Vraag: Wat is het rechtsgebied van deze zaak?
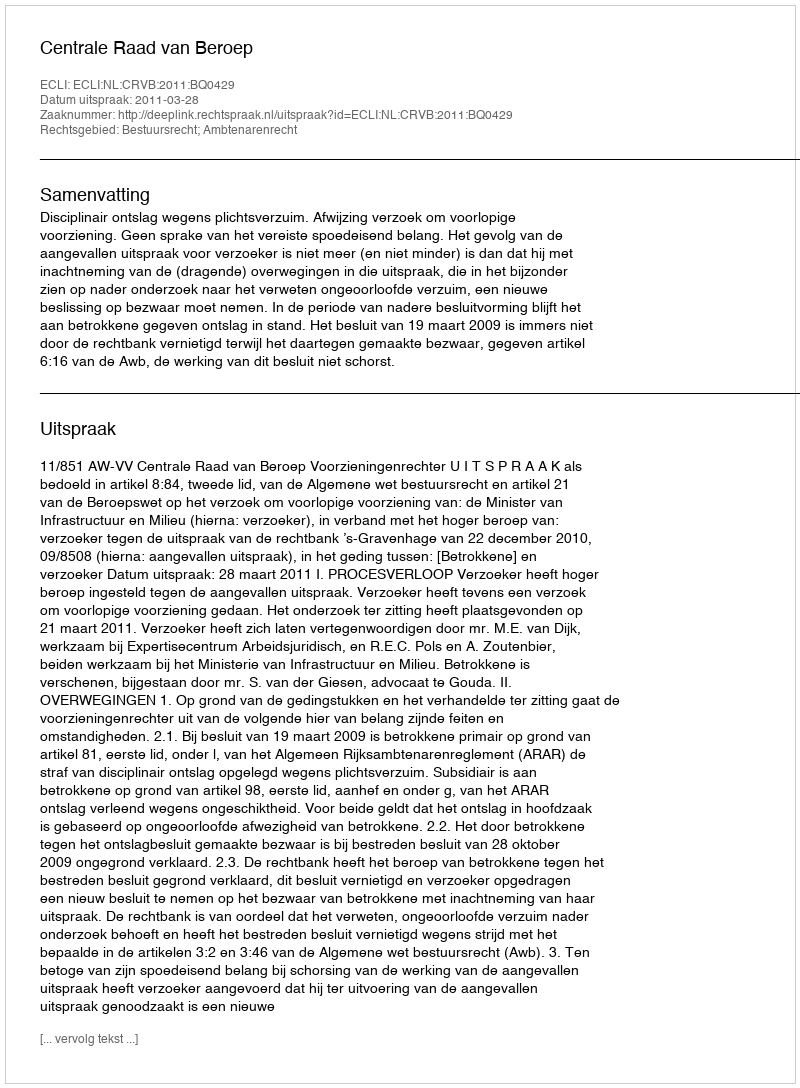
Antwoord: Bestuursrecht; Ambtenarenrecht